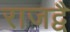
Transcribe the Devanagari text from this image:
राजद्वै